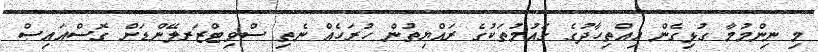
މި ނިންމުމާ ގުޅިގެން އިއްތިހާދުގެ ގައުމުތަކުގެ ރައްޔިތުން ހުރަހެއް ނެތި ސްވިޓްޒަރލޭންޑަށް ގޮސްއައިސް